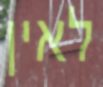
לאין